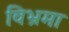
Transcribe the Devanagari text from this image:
विभ्रमा